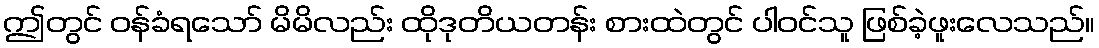
ဤတွင် ဝန်ခံရသော် မိမိလည်း ထိုဒုတိယတန်း စားထဲတွင် ပါဝင်သူ ဖြစ်ခဲ့ဖူးလေသည်။